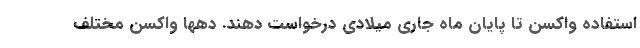
استفاده واکسن تا پایان ماه جاری میلادی درخواست دهند. دهها واکسن مختلف